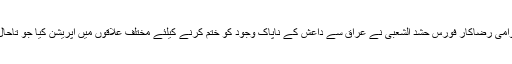
عراق کی عوامی رضاکار فورس حشد الشعبی نے عراق سے داعش کے ناپاک وجود کو ختم کرنے کیلئے مختلف علاقوں میں آپریشن کیا جو تاحال جاری ہے۔